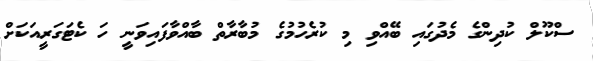
ސްކޫލް ކުދިންގެ މެދުގައި ބޭއްވި މި ކުރެހުމުގެ މުބާރާތް ބާއްވާފައިވަނީ ހަ ކެޓަގަރީއަކަށް